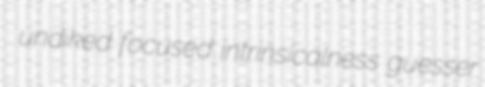
undiked focused intrinsicalness guesser